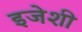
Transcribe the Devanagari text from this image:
इजेशी